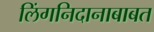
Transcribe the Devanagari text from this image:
लिंगनिदानाबाबत